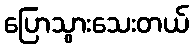
ပြောသွားသေးတယ်